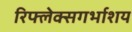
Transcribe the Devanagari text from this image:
रिफ्लेक्सगर्भाशय